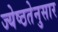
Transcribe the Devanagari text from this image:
ज्येष्ठतेनुसार